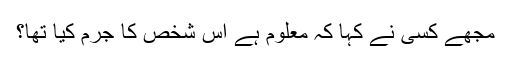
مجھے کسی نے کہا کہ معلوم ہے اس شخص کا جرم کیا تھا؟